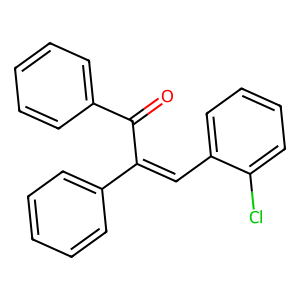
SMILES: O=C(C(=Cc1ccccc1Cl)c1ccccc1)c1ccccc1
Inhibits HIV replication: No